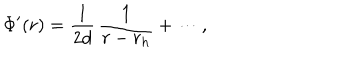
\Phi ^ { \prime } ( r ) = { \frac { 1 } { 2 d } } \, { \frac { 1 } { r - r _ { h } } } + \cdots ,